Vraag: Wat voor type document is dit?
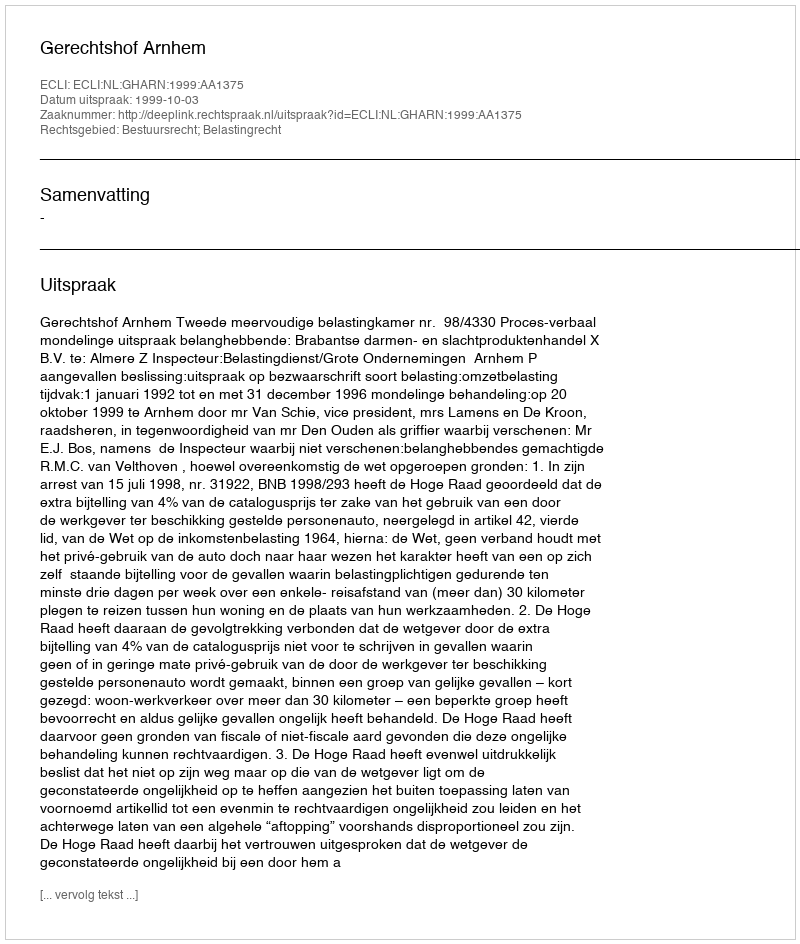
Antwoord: Uitspraak